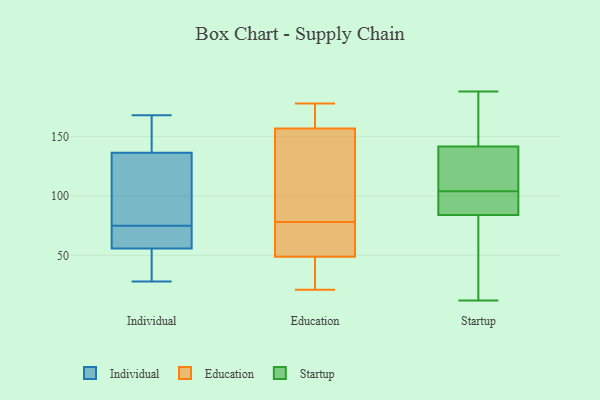
{"axis": {"x": "Humidity (%)", "y": "Value"}, "legend": ["Education", "Individual", "Startup"], "data": [{"x": "", "y": 138, "type": "Individual"}, {"x": "", "y": 168, "type": "Individual"}, {"x": "", "y": 28, "type": "Individual"}, {"x": "", "y": 75, "type": "Individual"}, {"x": "", "y": 136, "type": "Individual"}, {"x": "", "y": 61, "type": "Individual"}, {"x": "", "y": 146, "type": "Individual"}, {"x": "", "y": 113, "type": "Individual"}, {"x": "", "y": 61, "type": "Individual"}, {"x": "", "y": 57, "type": "Individual"}, {"x": "", "y": 105, "type": "Individual"}, {"x": "", "y": 52, "type": "Individual"}, {"x": "", "y": 30, "type": "Individual"}, {"x": "", "y": 42, "type": "Education"}, {"x": "", "y": 77, "type": "Education"}, {"x": "", "y": 21, "type": "Education"}, {"x": "", "y": 178, "type": "Education"}, {"x": "", "y": 78, "type": "Education"}, {"x": "", "y": 86, "type": "Education"}, {"x": "", "y": 137, "type": "Education"}, {"x": "", "y": 175, "type": "Education"}, {"x": "", "y": 64, "type": "Education"}, {"x": "", "y": 151, "type": "Education"}, {"x": "", "y": 22, "type": "Education"}, {"x": "", "y": 51, "type": "Education"}, {"x": "", "y": 176, "type": "Education"}, {"x": "", "y": 177, "type": "Startup"}, {"x": "", "y": 141, "type": "Startup"}, {"x": "", "y": 63, "type": "Startup"}, {"x": "", "y": 84, "type": "Startup"}, {"x": "", "y": 104, "type": "Startup"}, {"x": "", "y": 84, "type": "Startup"}, {"x": "", "y": 151, "type": "Startup"}, {"x": "", "y": 70, "type": "Startup"}, {"x": "", "y": 142, "type": "Startup"}, {"x": "", "y": 94, "type": "Startup"}, {"x": "", "y": 139, "type": "Startup"}, {"x": "", "y": 101, "type": "Startup"}, {"x": "", "y": 141, "type": "Startup"}, {"x": "", "y": 67, "type": "Startup"}, {"x": "", "y": 12, "type": "Startup"}, {"x": "", "y": 188, "type": "Startup"}, {"x": "", "y": 182, "type": "Startup"}, {"x": "", "y": 139, "type": "Startup"}, {"x": "", "y": 95, "type": "Startup"}]}